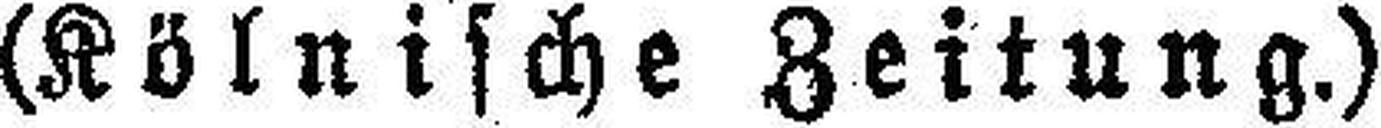
(Kölnische Zeitung.)